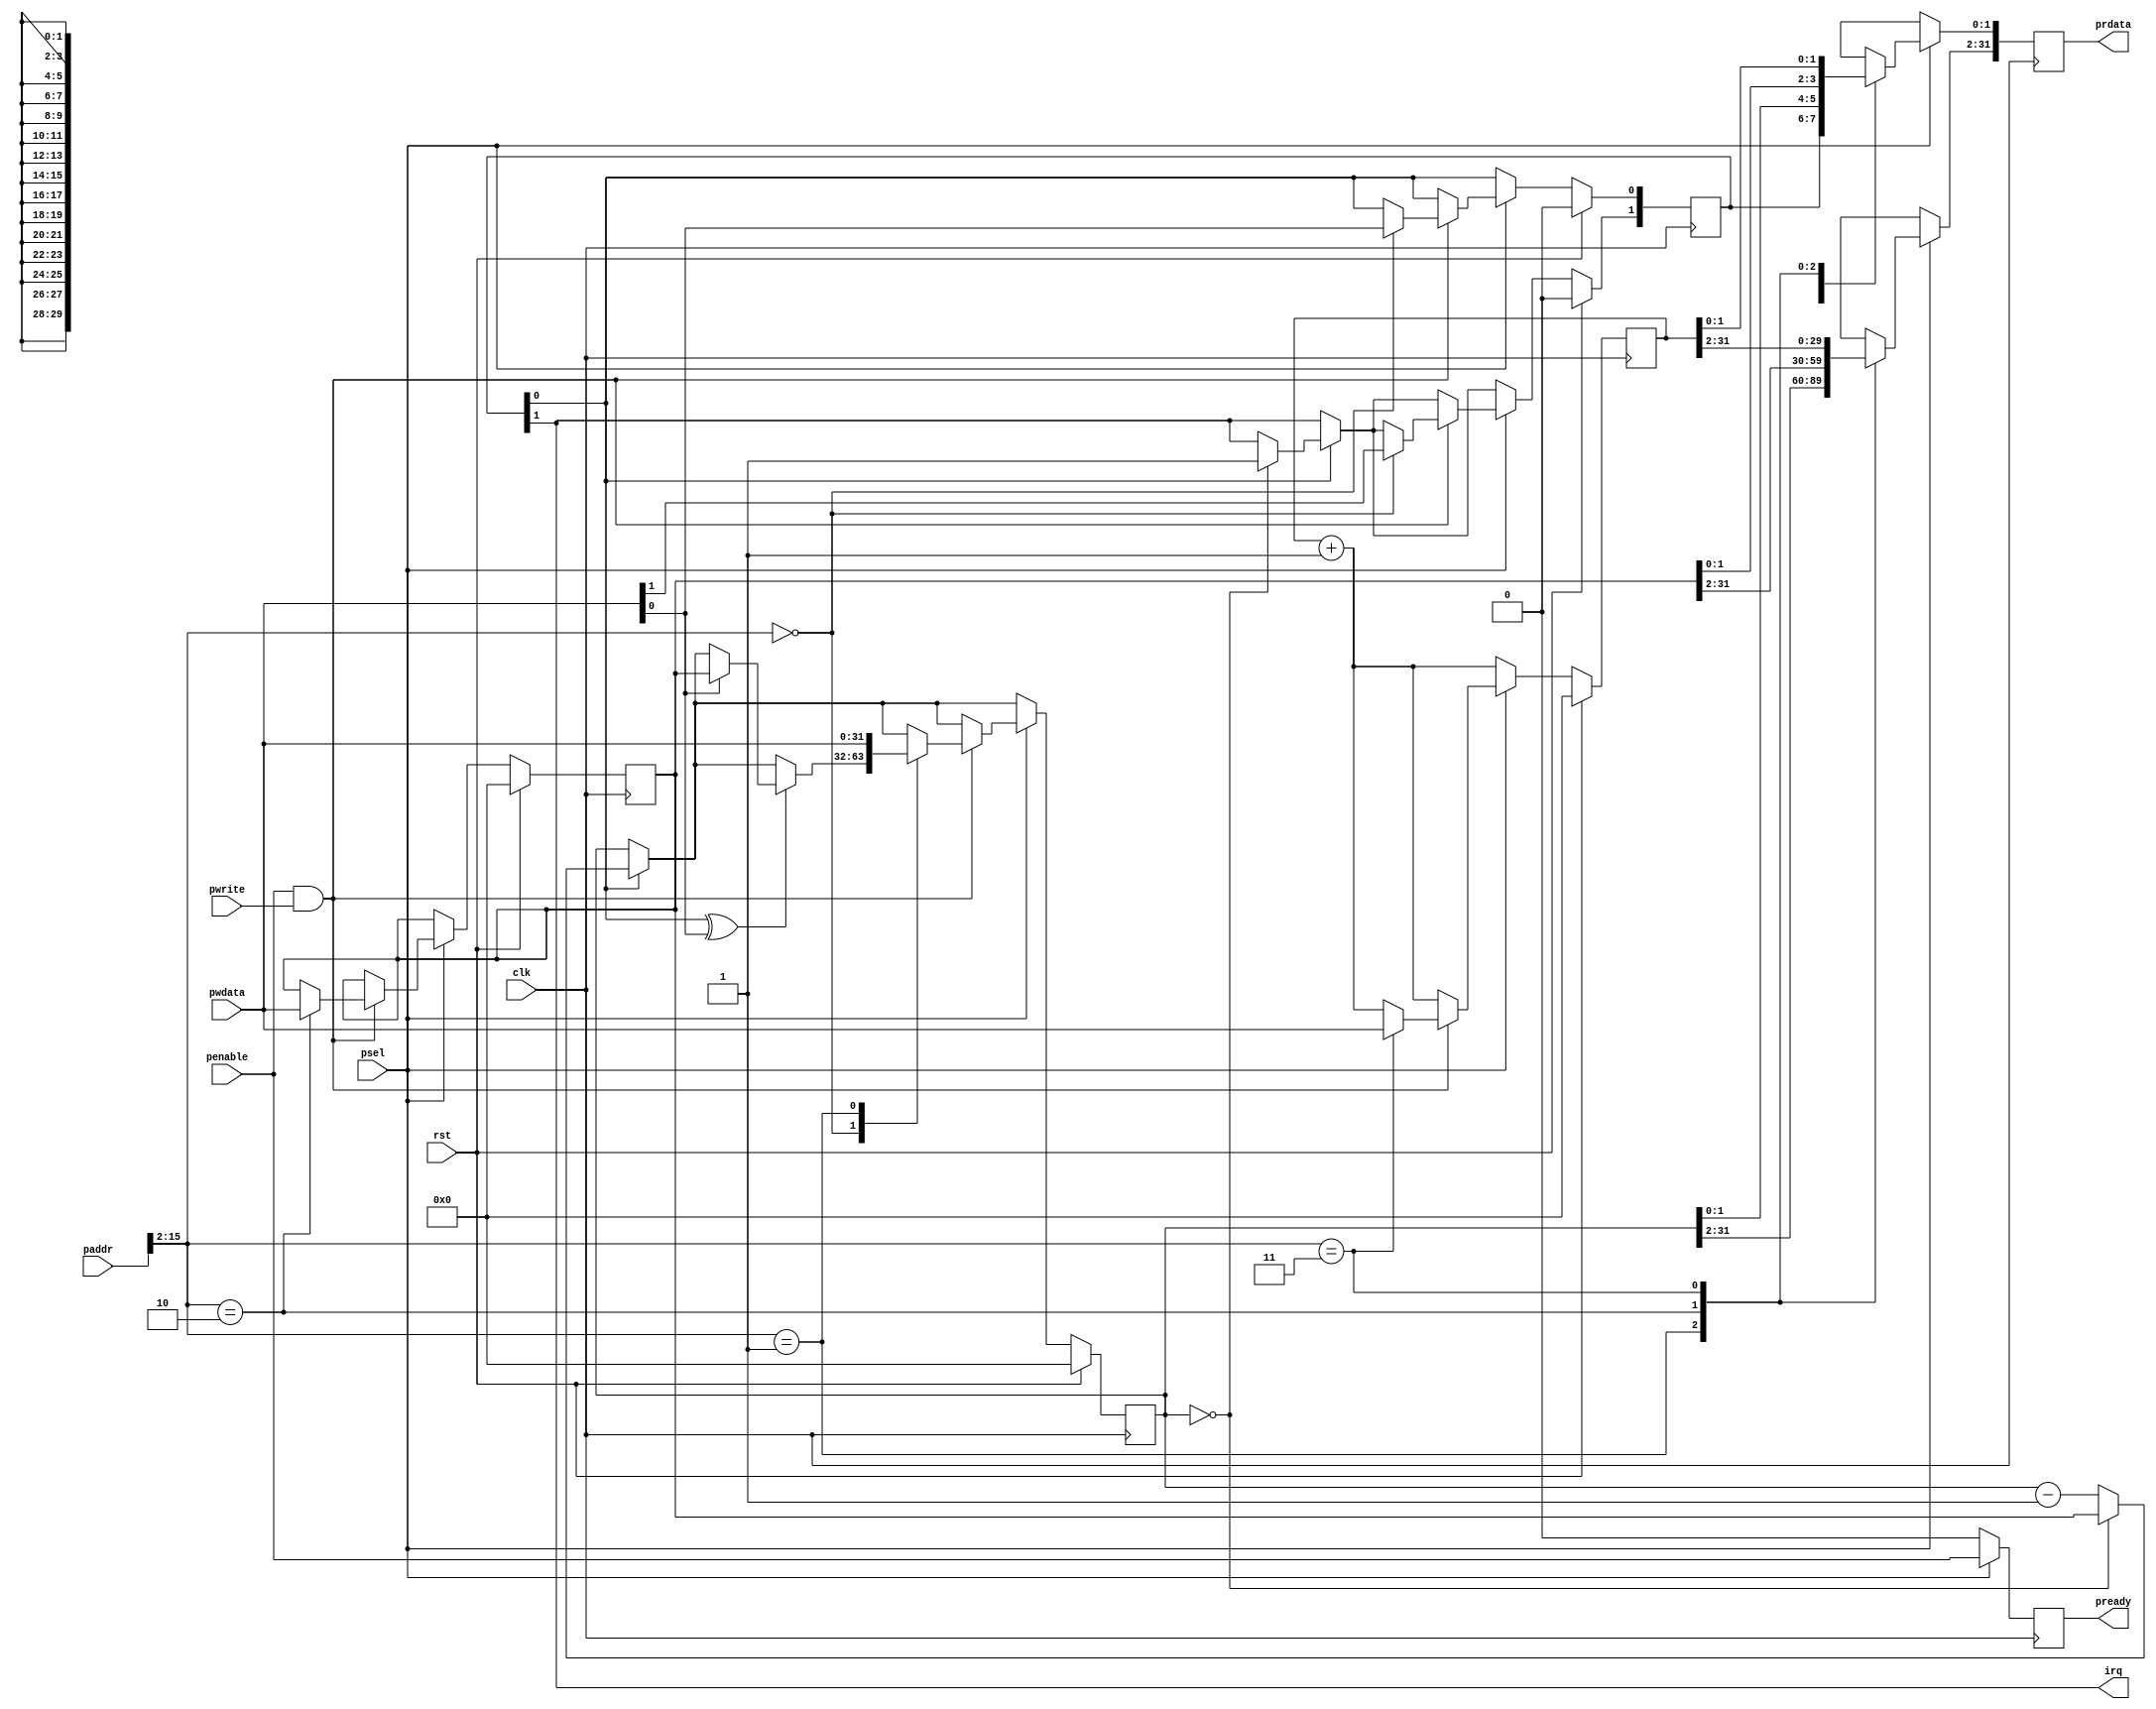
// Minimalistic Timer block. Part of C3P3u.
// Copyright (c) 2010 Edgar E. Iglesias
//
// Permission is hereby granted, free of charge, to any person obtaining a copy
// of this software and associated documentation files (the "Software"), to deal
// in the Software without restriction, including without limitation the rights
// to use, copy, modify, merge, publish, distribute, sublicense, and/or sell
// copies of the Software, and to permit persons to whom the Software is
// furnished to do so, subject to the following conditions:
//
// The above copyright notice and this permission notice shall be included in
// all copies or substantial portions of the Software.
//
// THE SOFTWARE IS PROVIDED "AS IS", WITHOUT WARRANTY OF ANY KIND, EXPRESS OR
// IMPLIED, INCLUDING BUT NOT LIMITED TO THE WARRANTIES OF MERCHANTABILITY,
// FITNESS FOR A PARTICULAR PURPOSE AND NONINFRINGEMENT. IN NO EVENT SHALL
// THE AUTHORS OR COPYRIGHT HOLDERS BE LIABLE FOR ANY CLAIM, DAMAGES OR OTHER
// LIABILITY, WHETHER IN AN ACTION OF CONTRACT, TORT OR OTHERWISE, ARISING FROM,
// OUT OF OR IN CONNECTION WITH THE SOFTWARE OR THE USE OR OTHER DEALINGS IN
// THE SOFTWARE.
//
module apb_slave_timer(clk, rst,
			psel, penable, pwrite, paddr, pwdata, prdata,
			pready,
			irq);
	input	clk;
	input	rst;

	input	psel;
	input	penable;
	input	pwrite;
	input	[15:0] paddr;
	input	[31:0] pwdata;
	output	reg [31:0] prdata;
	output	reg pready;
	output	irq;

	// bit 0	enable cntdown
	// bit 1	irq pending
	reg	[1:0] tmr_cfg;
	reg	[31:0] tmr_cnt;
	reg	[31:0] tmr_div;
	reg	[31:0] tmr_free_cnt;

	assign irq = tmr_cfg[1];

always	@(posedge clk) begin
	tmr_free_cnt <= tmr_free_cnt + 1;

	if (tmr_cfg[0]) begin
		tmr_cnt <= tmr_cnt - 1;
		if (tmr_cnt == 0) begin
//			$display("timer hit, reloading %x\n", tmr_div);
			tmr_cnt <= tmr_div;
			tmr_cfg[1] <= 1;
		end
	end

	prdata <= 'bx;
	pready <= 0;
	if (psel) begin
		// We do single cycle accesses
		pready <= penable;
		if (penable && pwrite) begin
			case (paddr[15:2])
				0: begin
					tmr_cfg <= pwdata[1:0];
					// When enabling the timer, reload
					// the divisor.
					if (tmr_cfg[0] ^ pwdata[0]) begin
						if (pwdata[0]) begin
							tmr_cnt <= tmr_div;
						end
					end
				end

				1: tmr_cnt <= pwdata;
				2: begin tmr_div <= pwdata;
		//			$display("wirte %x to div", pwdata);
				end
				3: tmr_free_cnt <= pwdata;
			endcase
		end
		case (paddr[15:2])
			0: prdata[1:0] <= tmr_cfg;
			1: prdata <= tmr_cnt;
			2: prdata <= tmr_div;
			3: begin
				prdata <= tmr_free_cnt;
			end
		endcase
	end

	if (rst) begin
		tmr_free_cnt <= 0;
		tmr_cnt <= 0;
		tmr_div <= 0;
		tmr_cfg <= 0;
	end
end
endmodule